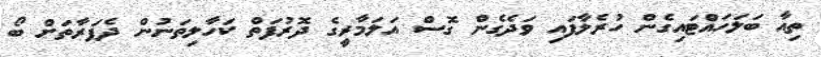
ތިއާ ބަލަހައްޓައިގެން ހުރެލާފައި ވަދެގެން ގޮސް އަލަމާރީގެ ދޮރުފަތް ކަހާލިތަނުން ދެފަރާތަށް ބޯ